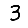
Digit: 3